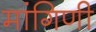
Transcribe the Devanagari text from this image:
मांगिणी